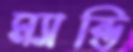
ম্যান্ডি